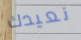
نعيدك